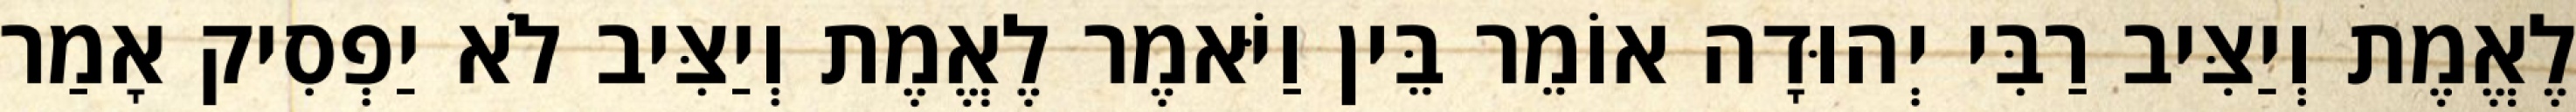
לֶאֱמֶת וְיַצִּיב רַבִּי יְהוּדָה אוֹמֵר בֵּין וַיֹּאמֶר לֶאֱמֶת וְיַצִּיב לֹא יַפְסִיק אָמַר